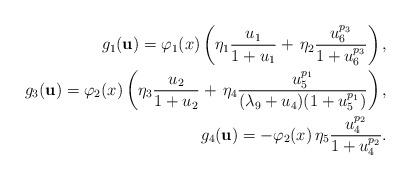
LaTeX: \begin{align*}g_1({\bf u}) = \varphi_1(x) \left( \eta_1 \dfrac{u_1}{1 + u_1} + \, \eta_2 \dfrac{u_6^{p_3}}{1 + u_6^{p_3}}\right),\\g_3({\bf u}) = \varphi_2(x) \left( \eta_3\dfrac{u_2}{1 + u_2} + \, \eta_4 \dfrac{u_5^{p_1}}{(\lambda_{9} + u_4)(1 + u_5^{p_1})}\right),\\ g_4({\bf u}) =- \varphi_2(x)\, \eta_5 \dfrac{ u_4^{p_2}}{1 + u_4^{p_2}}.\end{align*}